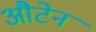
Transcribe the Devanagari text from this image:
औटेन